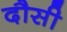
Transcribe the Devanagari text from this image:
दौसी